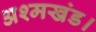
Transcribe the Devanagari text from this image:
अश्मखंड।